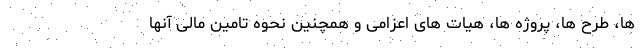
ها، طرح ها، پروژه ها، هیات های اعزامی و همچنین نحوه تامین مالی آنها